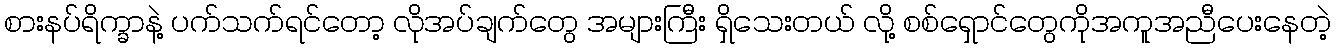
စားနပ်ရိက္ခာနဲ့ ပက်သက်ရင်တော့ လိုအပ်ချက်တွေ အများကြီး ရှိသေးတယ် လို့ စစ်ရှောင်တွေကိုအကူအညီပေးနေတဲ့